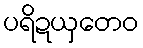
ပရိဍယှတေဝ